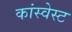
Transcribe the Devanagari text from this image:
कांस्वेस्ट